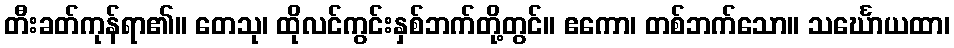
တီးခတ်ကုန်ရာ၏။ တေသု၊ ထိုလင်ကွင်းနှစ်ဘက်တို့တွင်။ ဧကော၊ တစ်ဘက်သော။ သင်္ဃောယထာ၊